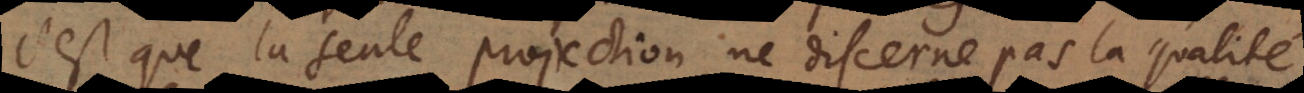
c’est que la seule projection ne discerne pas la qualité